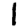
Digit: 1